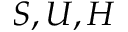
S , U , H